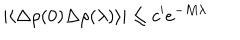
| \langle \Delta \rho ( 0 ) \Delta \rho ( \lambda ) \rangle | \leq c ^ { \prime } e ^ { - M \lambda }